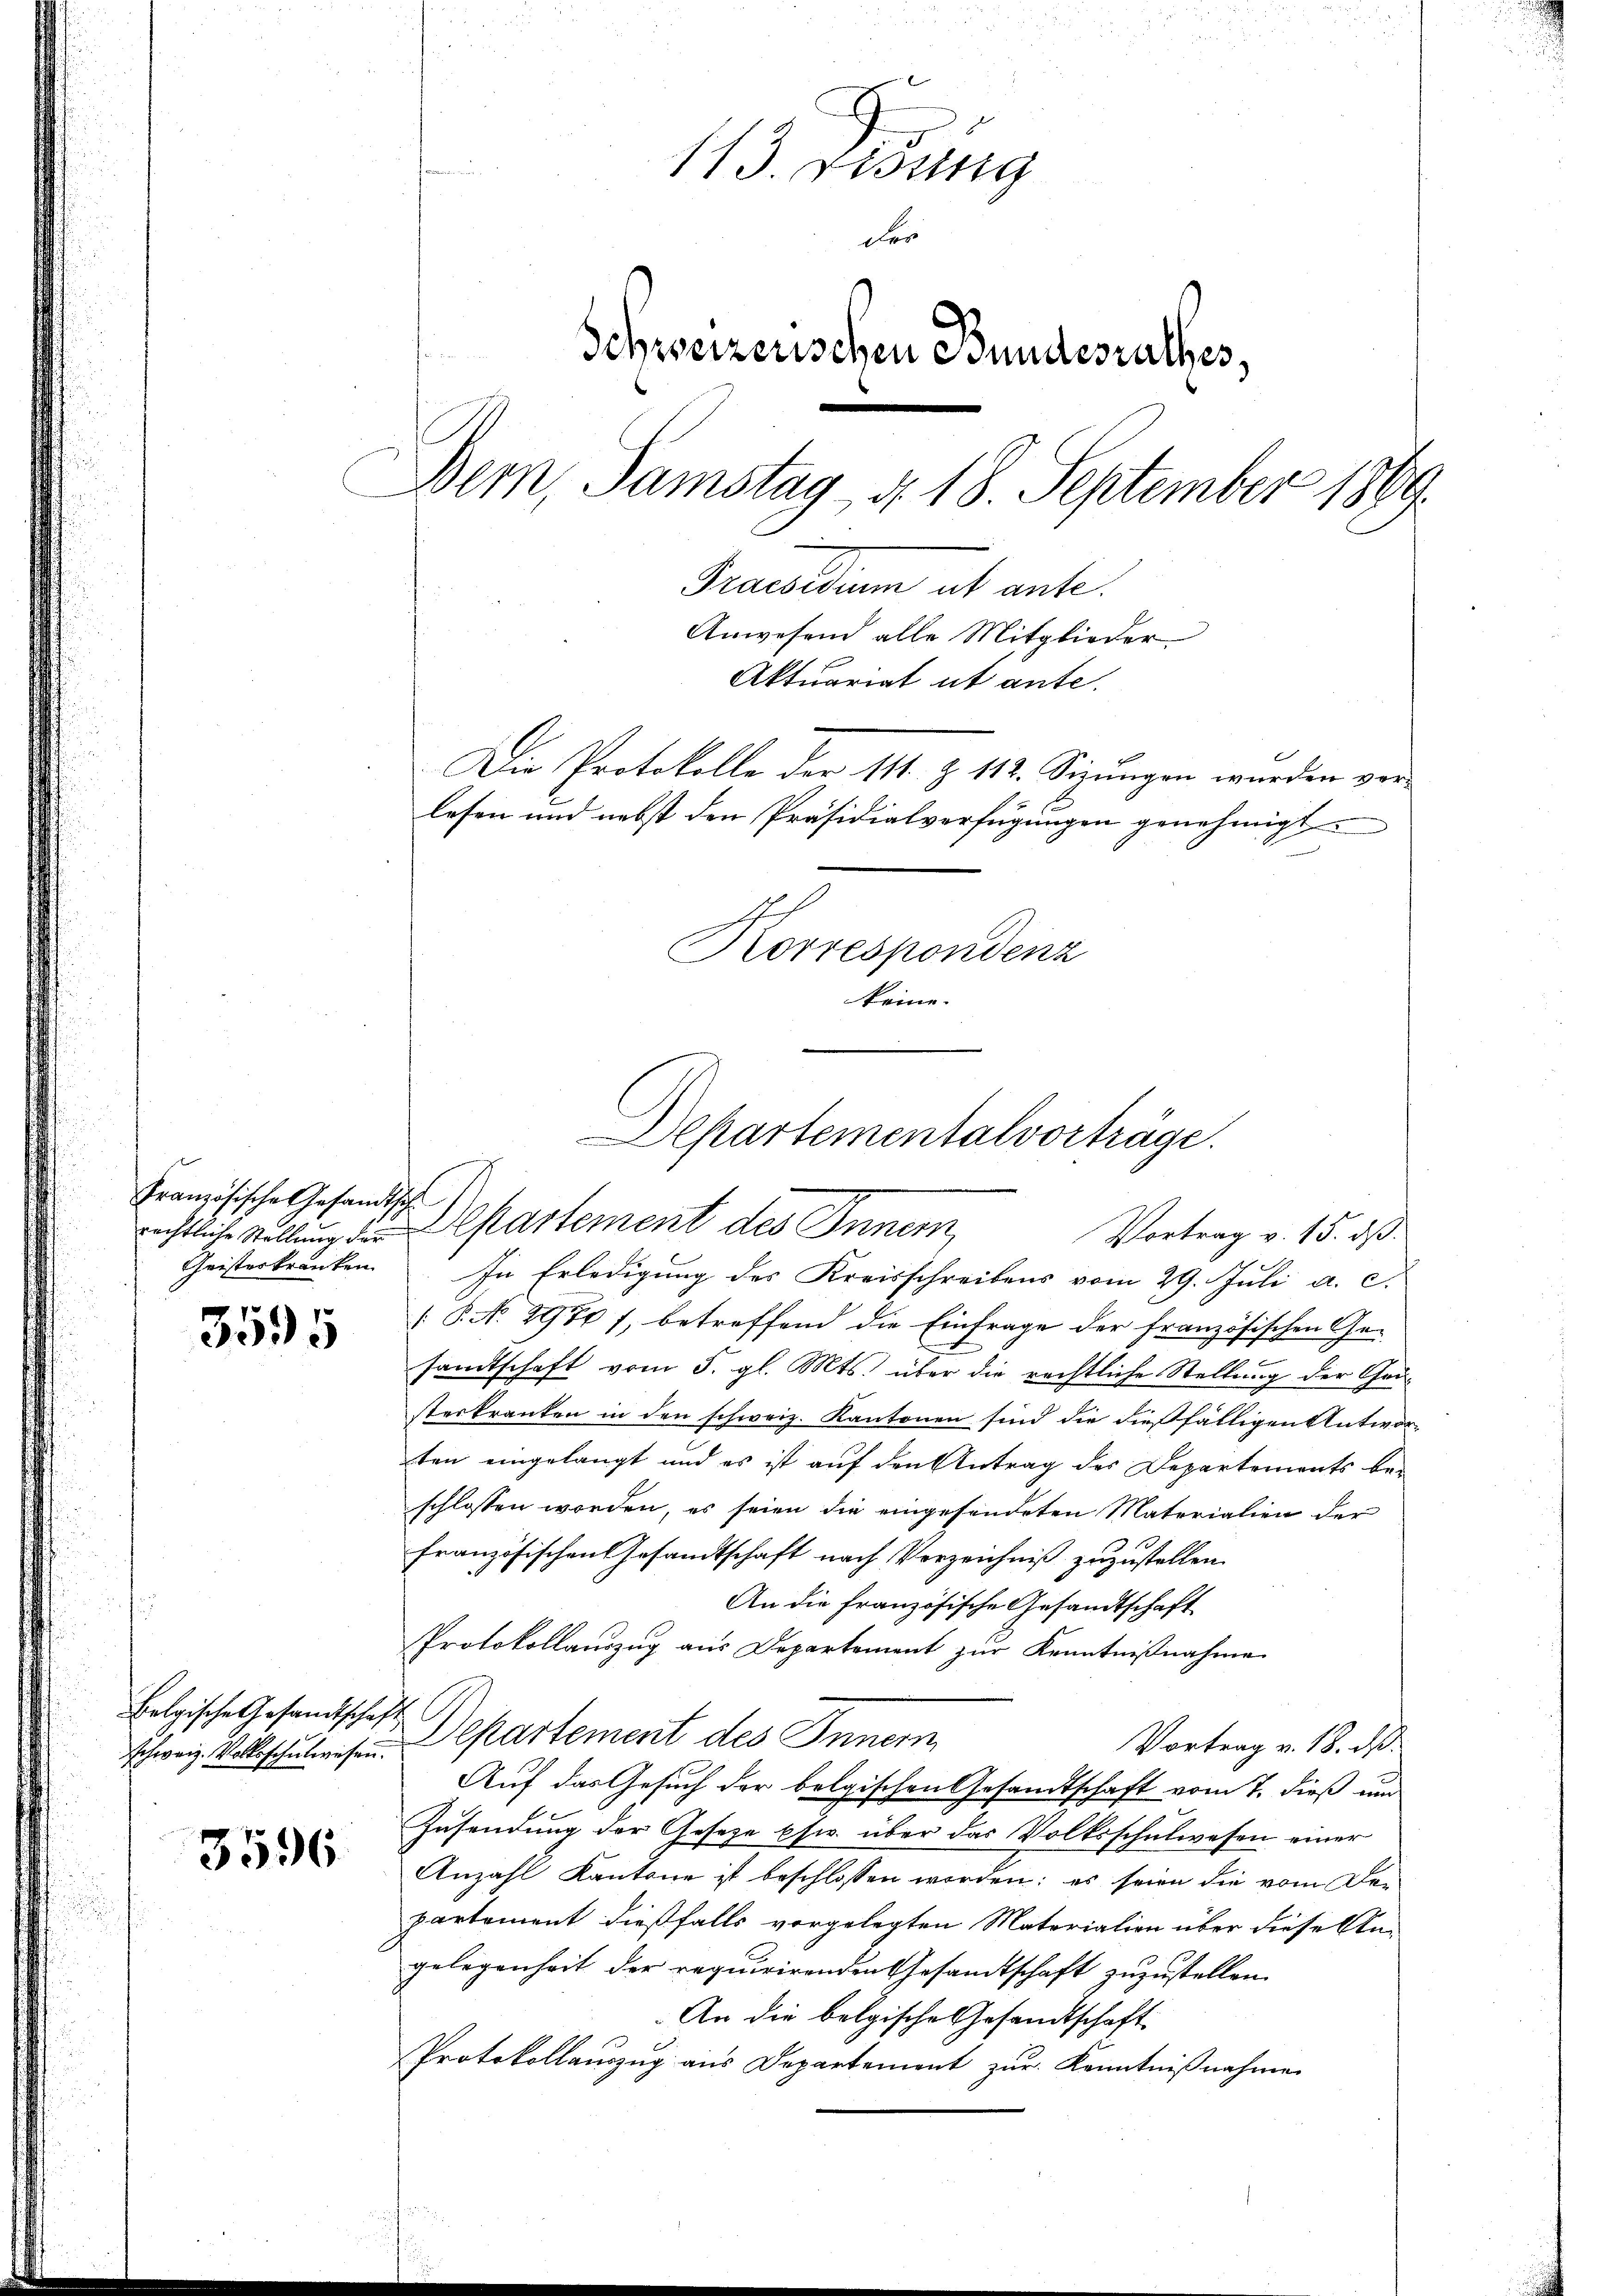
Französische Gesandtsch
Geisteskranken

3595

belgische Gesandtschaft

3596

113. Fisung
der
Schweizerischen Bundesrathes,
Bern, Samstag d. 18. September 1869.
Praesidium ut ante.
Anwesend alle Mitglieder
Aktuariat ut ante.
Die Protokolle der 111. § 112. Sizungen wurden vor
lesen und nebst den Präsidialverfügungen genehmigt
Korrespondenz
keine.

rechtliche Stellung der partement des Inner
In Erledigung des Kreisschreibens vom 29. Juli a. c.
 P. No. 297 f., betreffend die Einfrage der französischen Gesandtschaft vom 5. gl. Mts. über die rechtliche Stellung der Ge-
sterkranken in den schweiz. Kantonen sind die dießfälligen Antworten eingelangt und es ist auf den Antrag des Departements beschlossen worden, es seien die eingesendeten Materialien der
französischen Gesandtschaft nach Verzeichniß zuzustellen.
An die französische Gesandtschaft
Protokollauszug aus Departement zur Kenntnißnahme
schweiz. Volksschulwesen. Departement des Inner
Vortrag v. 18. ds.
Auf das Gesuch der belgischen Gesandtschaft vom 7. dieß und
Zusendung der Geseze psw. über das Volksschulwesen einer
Anzahl Kantone ist beschlossen worden; es seien die vom Departement dießfalls vorgelegten Materialien über diese Angelegenheit der requirirenden Gesandtschaft zuzustellen.
An die belgische Gesandtschaft
Protokollauszug aus Departement zur Kenntnißnahmen

Departementalvorträge.
Vortrag v. 15. dß.

2